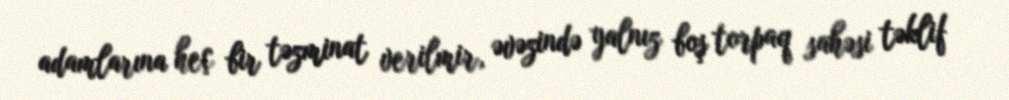
adamlarına heç bir təzminat verilmir, əvəzində yalnız boş torpaq sahəsi təklif